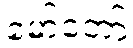
မော်တော်